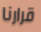
قرارنا